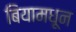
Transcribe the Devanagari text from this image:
बियामधून